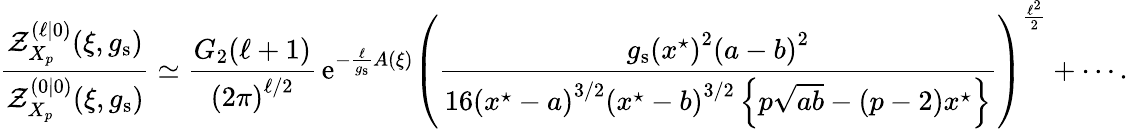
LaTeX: \frac{\mathcal{Z}_{X_{p}}^{(\ell|0)}(\xi,g_{\mathrm{s}})}{\mathcal{Z}_{X_{p}}^{(0|0)}(\xi,g_{\mathrm{s}})}\simeq\frac{G_{2}(\ell+1)}{\left(2\pi\right)^{\ell/2}}\, {\mathrm{e}}^{-\frac{\ell}{g_{\mathrm{s}}}A(\xi)}\left(\frac{g_{\mathrm{s}}\left(x^{\star}\right)^{2}\left(a-b\right)^{2}}{16\left(x^{\star}-a\right)^{3/2}\left(x^{\star}-b\right)^{3/2}\left\{ p\sqrt{ab}-\left(p-2\right)x^{\star}\right\} }\right)^{\frac{\ell^{2}}{2}}+\cdots.